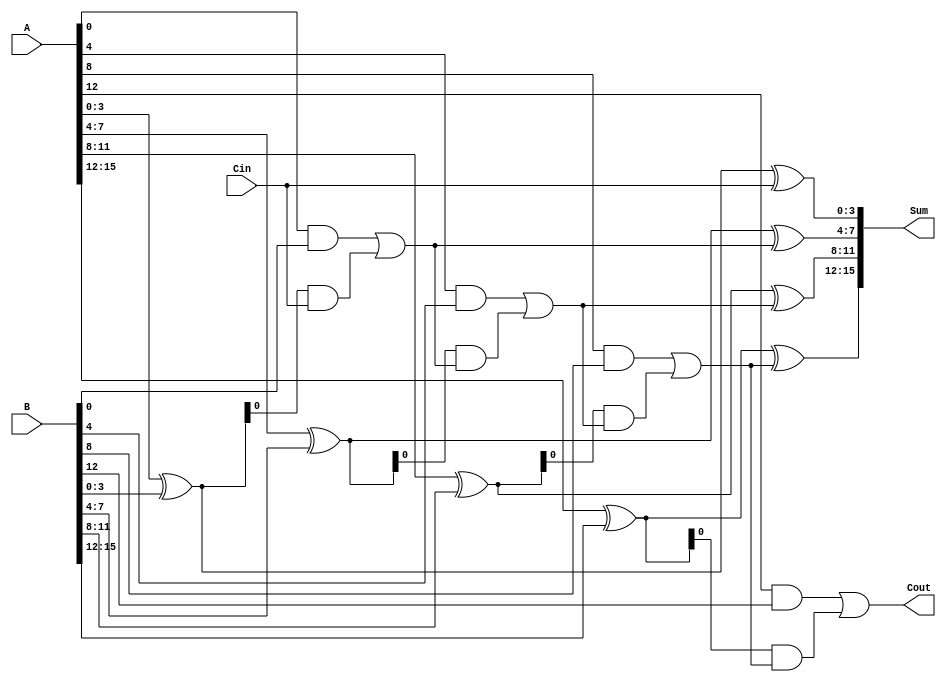
module CSLA_16bit (
    input [15:0] A,        // First operand
    input [15:0] B,        // Second operand
    input Cin,             // Carry-in
    output [15:0] Sum,     // Sum output
    output Cout            // Carry-out
);

    wire [3:0] S0, S1, S2, S3; // Sum outputs for each segment
    wire [3:0] G0, G1, G2, G3; // Generate signals for each segment
    wire [3:0] P0, P1, P2, P3; // Propagate signals for each segment
    wire C1, C2, C3;           // Carry-out signals for each segment

    // Segment 0 (LSB)
    assign G0 = A[3:0] & B[3:0]; // Generate
    assign P0 = A[3:0] ^ B[3:0]; // Propagate
    assign S0 = P0 ^ Cin;        // Sum when Cin = 0
    assign C1 = G0 | (P0 & Cin); // Carry-out

    // Segment 1
    assign G1 = A[7:4] & B[7:4]; // Generate
    assign P1 = A[7:4] ^ B[7:4]; // Propagate
    assign S1 = P1 ^ C1;         // Sum when Cin = 0
    assign C2 = G1 | (P1 & C1);  // Carry-out

    // Segment 2
    assign G2 = A[11:8] & B[11:8]; // Generate
    assign P2 = A[11:8] ^ B[11:8]; // Propagate
    assign S2 = P2 ^ C2;           // Sum when Cin = 0
    assign C3 = G2 | (P2 & C2);    // Carry-out

    // Segment 3 (MSB)
    assign G3 = A[15:12] & B[15:12]; // Generate
    assign P3 = A[15:12] ^ B[15:12]; // Propagate
    assign S3 = P3 ^ C3;             // Sum when Cin = 0
    assign Cout = G3 | (P3 & C3);    // Final Carry-out

    // Final Sum output
    assign Sum = {S3, S2, S1, S0};

endmodule